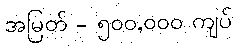
အမြတ် - ၅၀၀,၀၀၀ ကျပ်